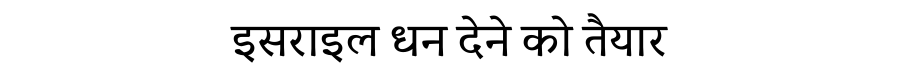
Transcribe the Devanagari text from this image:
इसराइल धन देने को तैयार